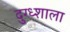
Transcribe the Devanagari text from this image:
दुग्ध्शाला